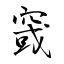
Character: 窢